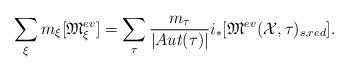
LaTeX: \begin{align*}\sum_\xi m_\xi [\mathfrak{M}^{ev}_{\xi}] = \sum_\tau \frac{m_{\tau}}{|Aut(\tau)|}i_*[\mathfrak{M}^{ev}(\mathcal{X},\tau)_{s,red}].\end{align*}